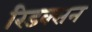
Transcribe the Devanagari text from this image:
रिडक्सन